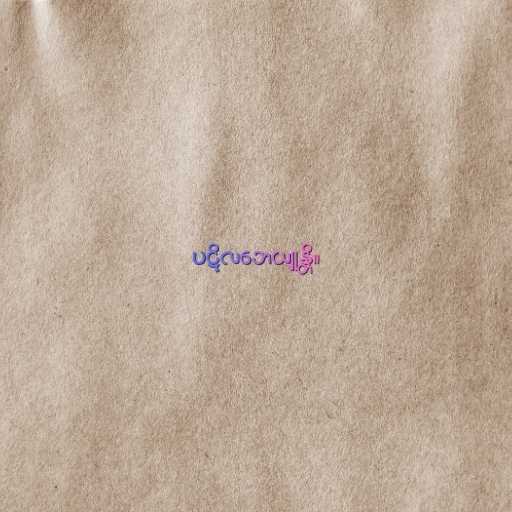
ပဋိလဘေယျုန္တိ။